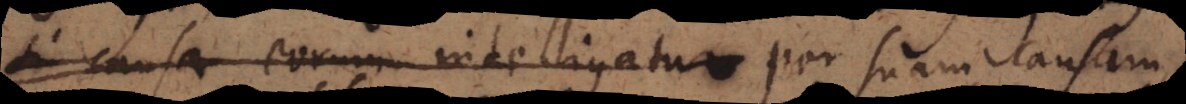
si causa eorum intelligatur per suam causam,